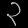
Digit: ၃